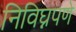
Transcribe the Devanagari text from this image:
निविघ्नपणे